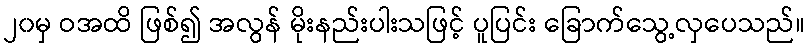
၂၀မှ ဝအထိ ဖြစ်၍ အလွန် မိုးနည်းပါးသဖြင့် ပူပြင်း ခြောက်သွေ့လှပေသည်။